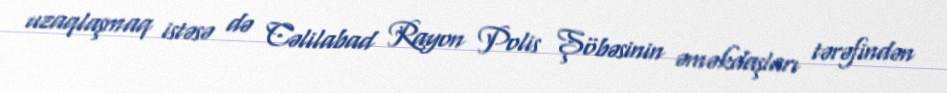
uzaqlaşmaq istəsə də Cəlilabad Rayon Polis Şöbəsinin əməkdaşları tərəfindən